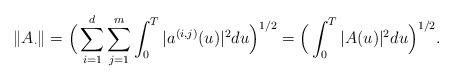
LaTeX: \begin{align*}\|A_{\cdot}\| = \Big( \sum_{i=1}^d \sum_{j=1}^m \int_0^T |a^{(i, j)}(u)|^2 du \Big)^{1/2} = \Big( \int_0^T |A(u)|^2 du\Big)^{1/2}.\end{align*}